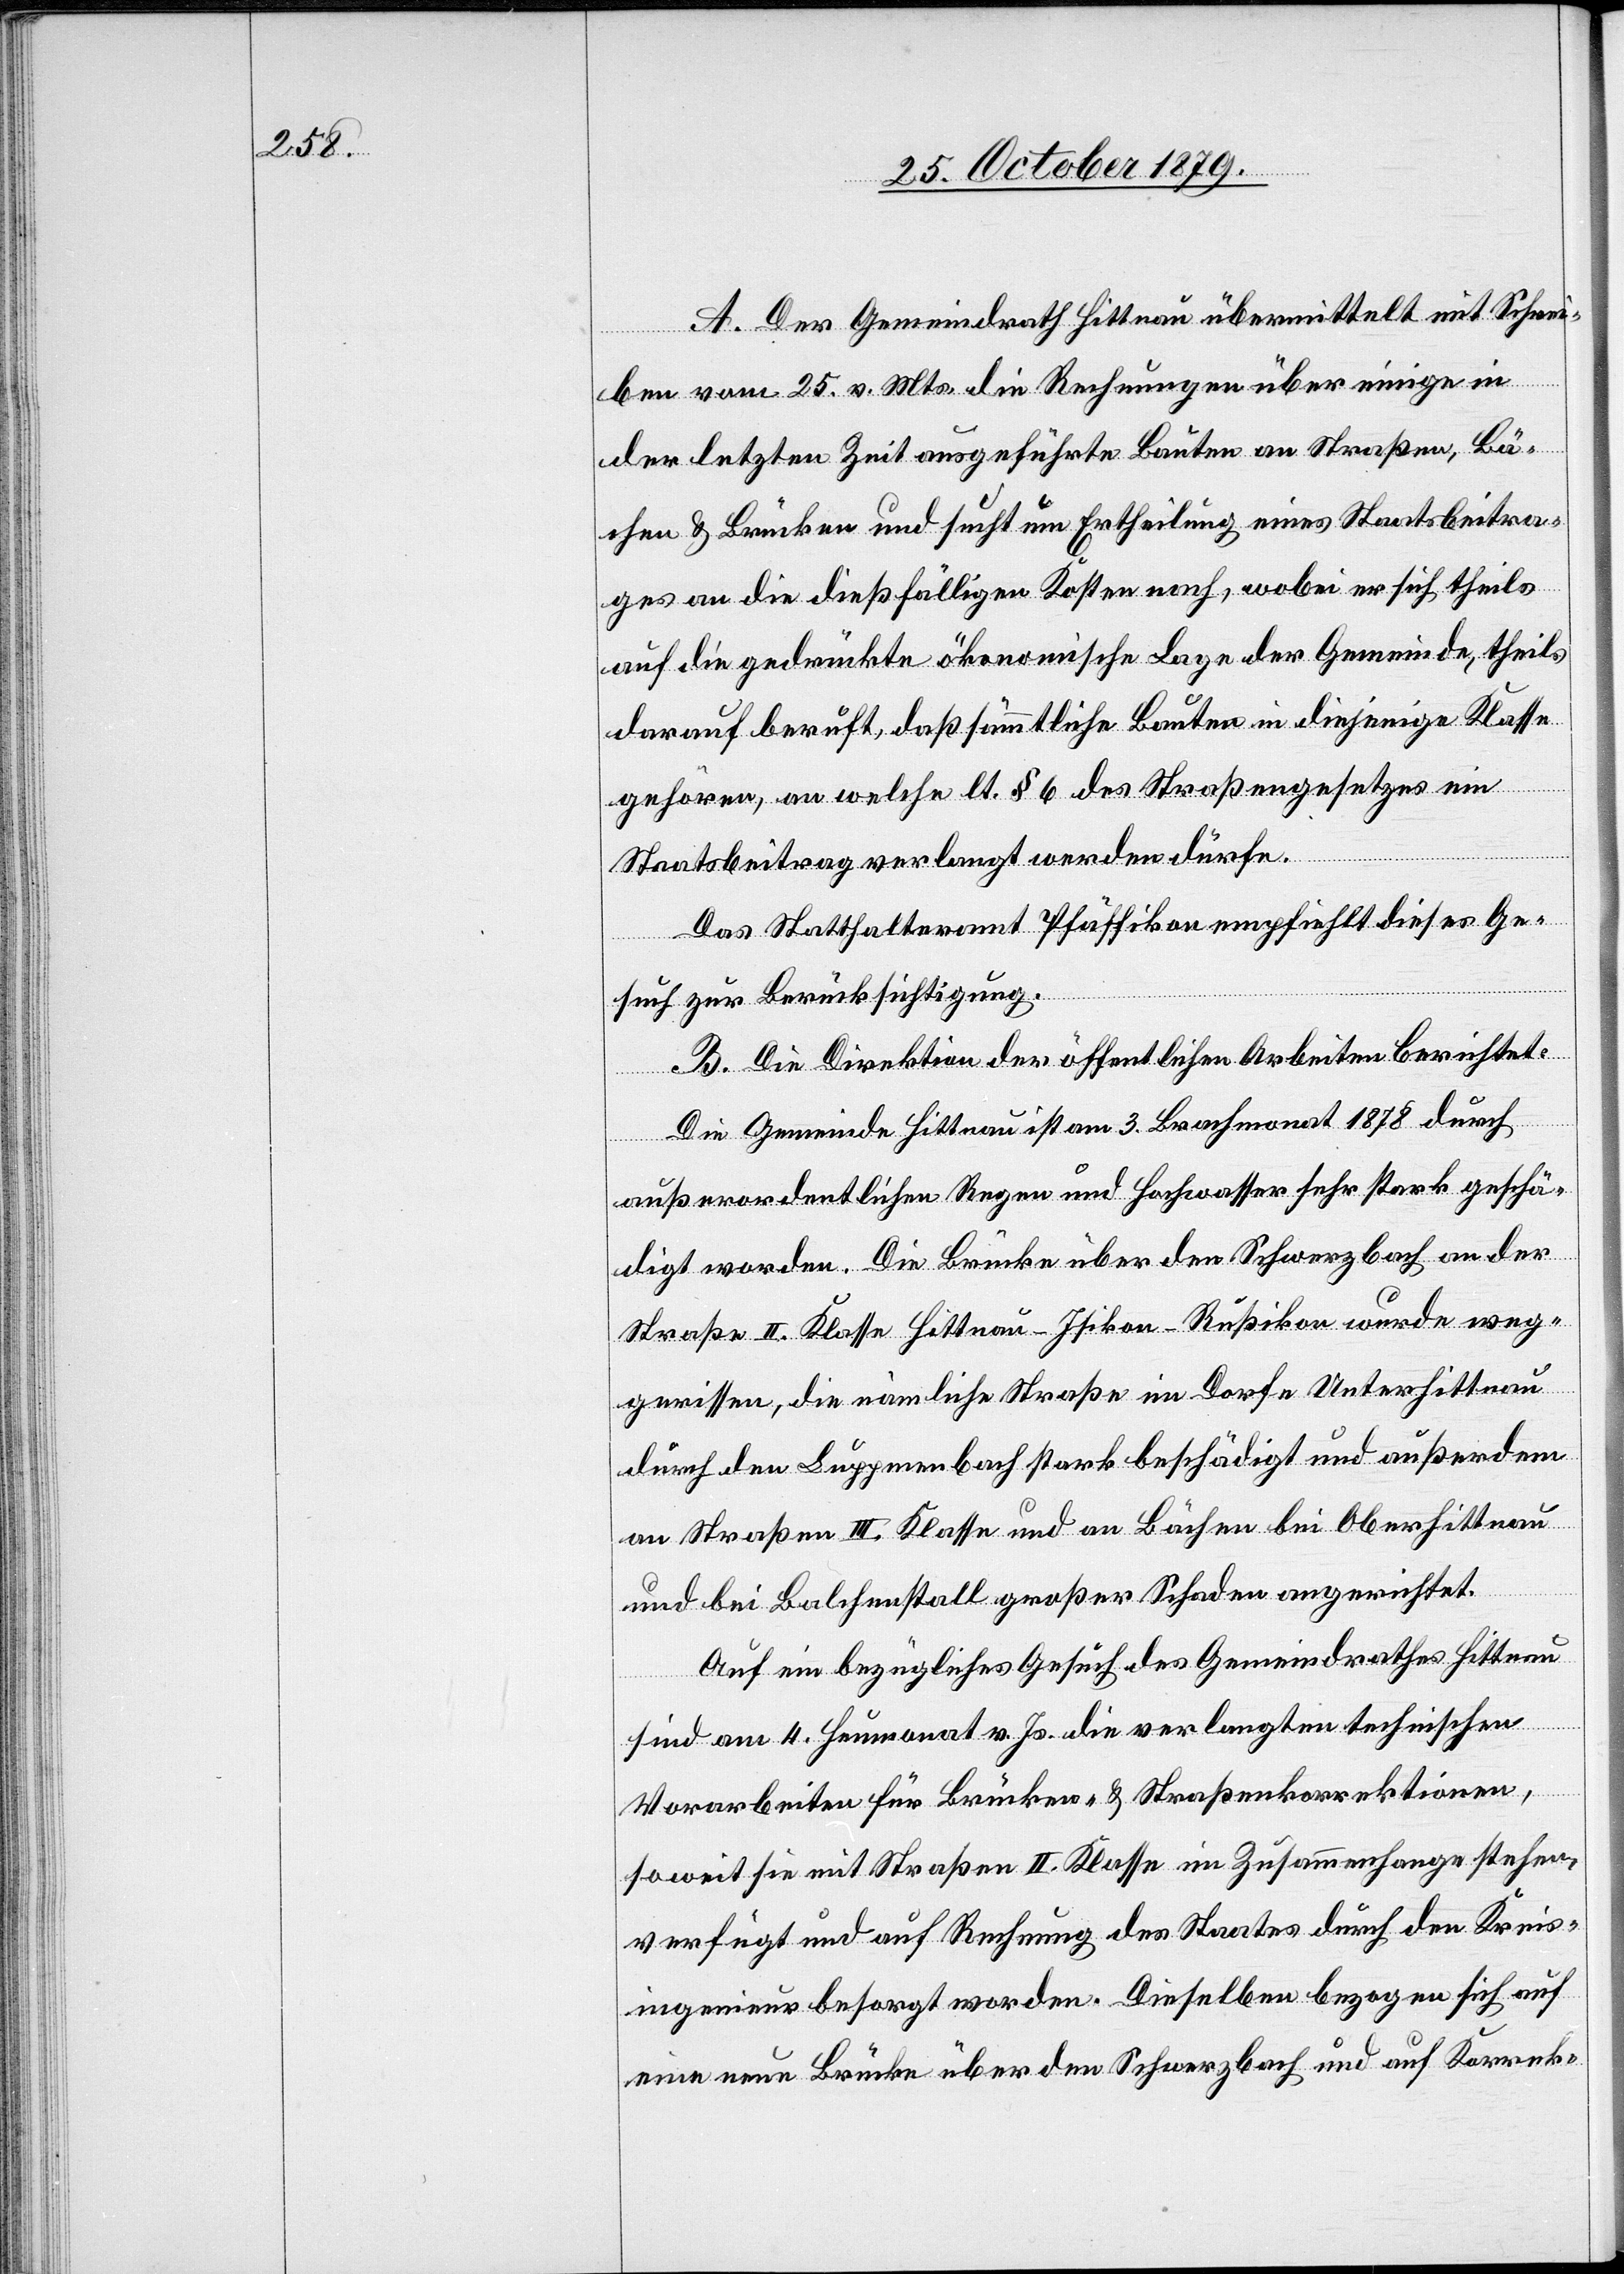
A. Der Gemeindrath Hittnau übermittelt mit Schrei¬
ben vom 25. v. Mts. die Rechnungen über einige in
der letzten Zeit ausgeführten Bauten an Straßen, Bä¬
chen & Brücken und sucht um Ertheilung eines Staatsbeitra¬
ges an die dießfälligen Kösten nach, wobei er sich theils
auf die gedrückte ökonomische Lage der Gemeinde, theils
darauf beruft, daß sämmtliche Bauten in diejenige Klasse
gehören, an welche lt. § 6 des Straßengesetzes ein
Staatsbeitrag verlangt werden dürfe.
Das Statthalteramt Pfäffikon empfiehlt dieses Ge¬
such zur Berücksichtigung.
B. Die Direktion der öffentlichen Arbeiten berichtet:
Die Gemeinde Hittnau ist am 3. Heumonat 1878 durch
außerordentlichen Regen und Hochwasser sehr stark geschä¬
digt worden. Die Brücke über den Schwarzbach an der
Straße II. Klasse Hittnau–Isikon–Rußikon wurde weg¬
gerissen, die nämliche Straße im Dorfe Unterhittnau
durch den Luppmenbach stark beschädigt und außerdem
an Straßen III. Klasse und an Bächen bei Oberhittnau
und bei Balchenstall großer Schaden angerichtet.
Auf ein bezügliches Gesuch des Gemeindrathes Hittnau
sind am 4. Heumonat v. Js. die verlangten technischen
Vorarbeiten für Brücken- & Straßenkorrektionen,
soweit sie mit Straßen II. Klasse im Zusammenhange stehen
verfügt und auf Rechnung des Staates durch den Kreis¬
ingenieur besorgt worden. Dieselben bezogen sich auf
eine neue Brücke über den Schwarzbach und auf Korrek-